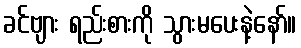
ခင်ဗျား ရည်းစားကို သွားမပေးနဲ့နော်။